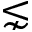
\lnsim